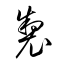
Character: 製